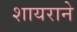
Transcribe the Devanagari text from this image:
शायराने